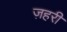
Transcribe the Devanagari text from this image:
ज़हरी